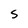
Character: S